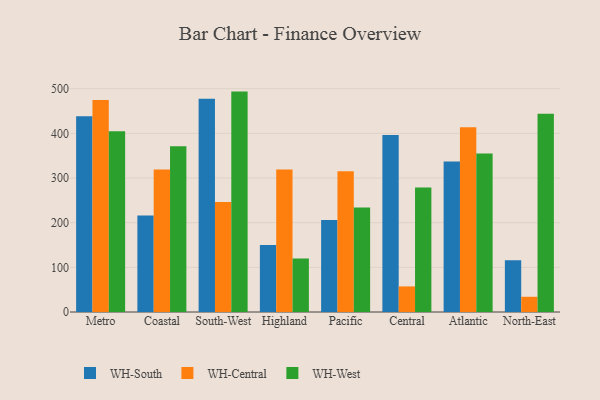
{"axis": {"x": "Region", "y": "Bounce Rate (%)"}, "legend": ["WH-Central", "WH-South", "WH-West"], "data": [{"x": "Metro", "y": 438.2, "type": "WH-South"}, {"x": "Metro", "y": 474.9, "type": "WH-Central"}, {"x": "Metro", "y": 404.7, "type": "WH-West"}, {"x": "Coastal", "y": 216.3, "type": "WH-South"}, {"x": "Coastal", "y": 319.1, "type": "WH-Central"}, {"x": "Coastal", "y": 371.4, "type": "WH-West"}, {"x": "South-West", "y": 477.7, "type": "WH-South"}, {"x": "South-West", "y": 246.2, "type": "WH-Central"}, {"x": "South-West", "y": 493.5, "type": "WH-West"}, {"x": "Highland", "y": 150.2, "type": "WH-South"}, {"x": "Highland", "y": 319.0, "type": "WH-Central"}, {"x": "Highland", "y": 119.9, "type": "WH-West"}, {"x": "Pacific", "y": 205.9, "type": "WH-South"}, {"x": "Pacific", "y": 315.1, "type": "WH-Central"}, {"x": "Pacific", "y": 234.2, "type": "WH-West"}, {"x": "Central", "y": 396.3, "type": "WH-South"}, {"x": "Central", "y": 57.3, "type": "WH-Central"}, {"x": "Central", "y": 278.8, "type": "WH-West"}, {"x": "Atlantic", "y": 337.2, "type": "WH-South"}, {"x": "Atlantic", "y": 413.9, "type": "WH-Central"}, {"x": "Atlantic", "y": 354.9, "type": "WH-West"}, {"x": "North-East", "y": 116.0, "type": "WH-South"}, {"x": "North-East", "y": 34.1, "type": "WH-Central"}, {"x": "North-East", "y": 443.9, "type": "WH-West"}]}